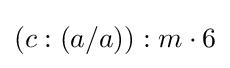
(c:(a/a)):m\cdot 6